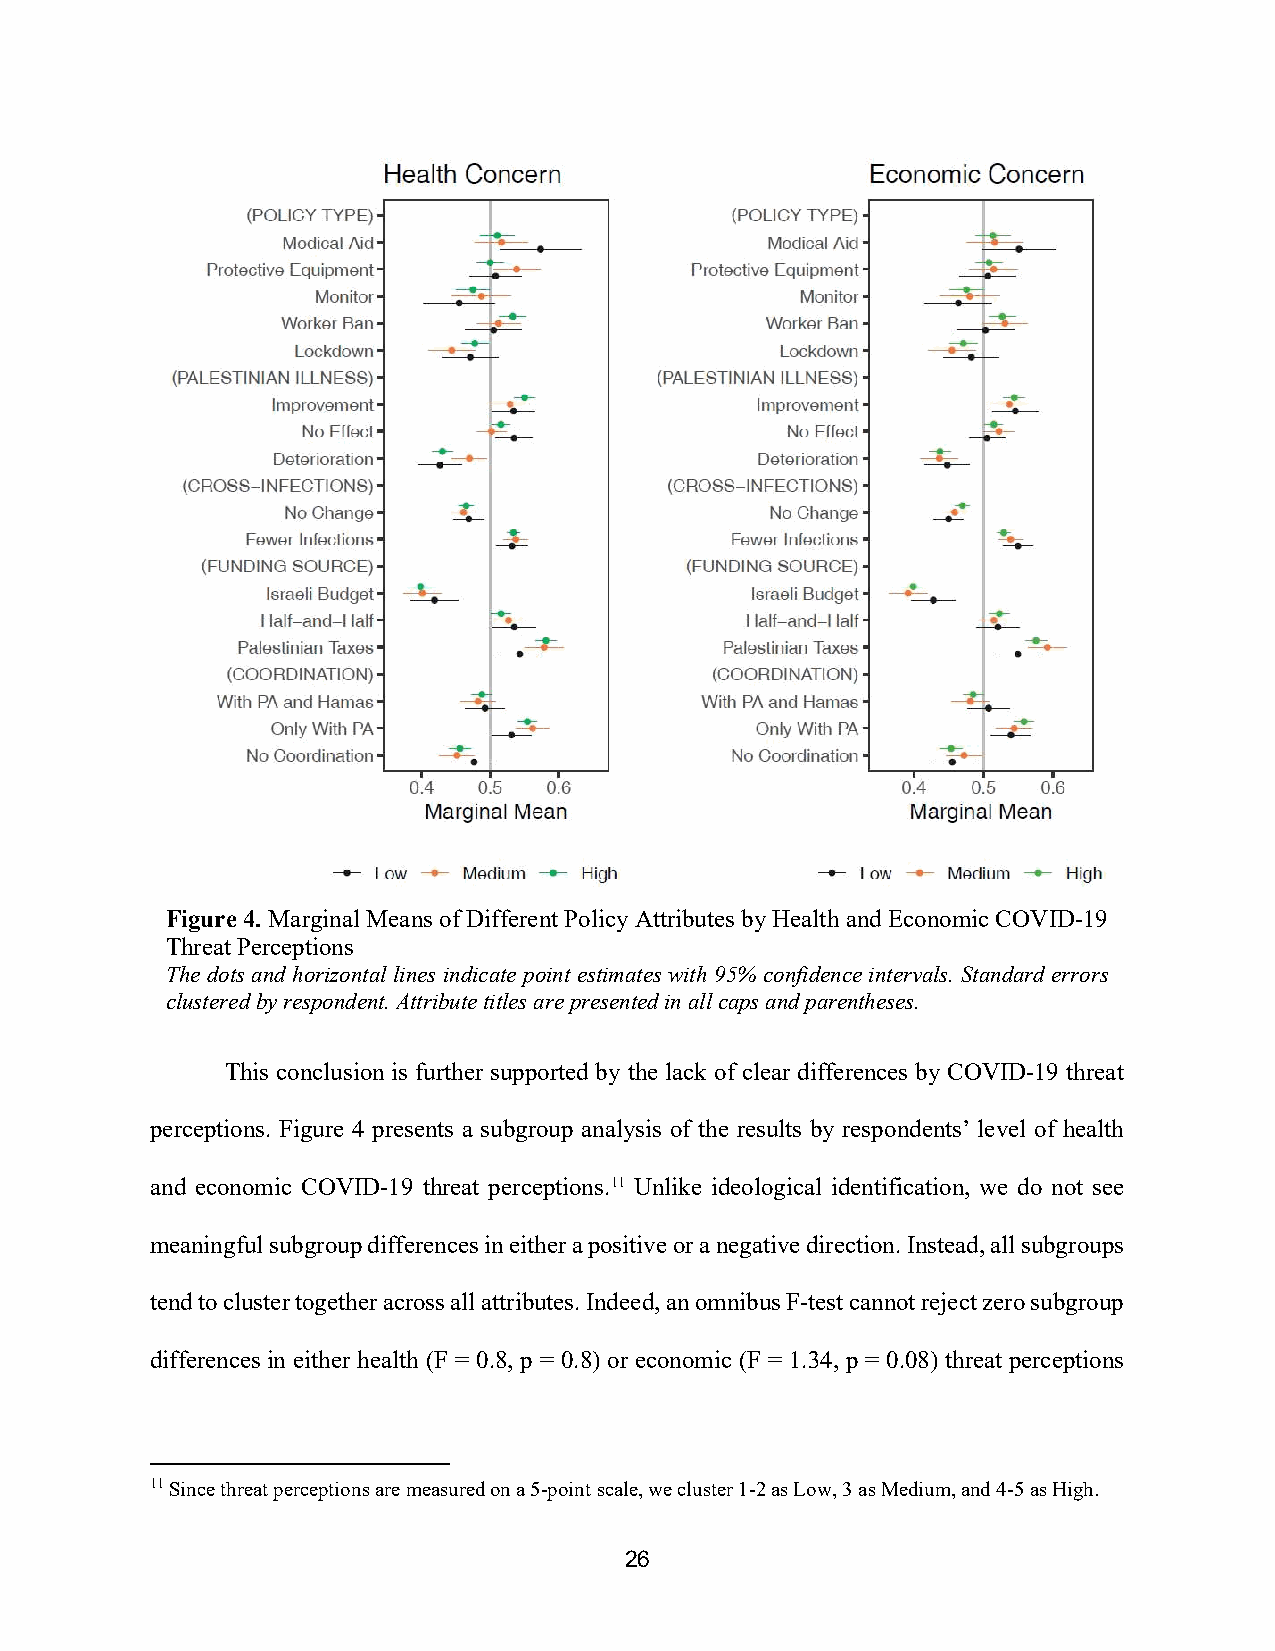
Figure 4. Marginal Means of Different Policy Attributes by Health and Economic COVID-19
 Threat Perceptions
 The dots and horizontal lines indicate point estimates with 95% confidence intervals. Standard errors
 clustered by respondent. Attribute titles are presented in all caps and parentheses.
 This conclusion is further supported by the lack of clear differences by COVID-19 threat
 perceptions. Figure 4 presents a subgroup analysis of the results by respondents’ level of health
 and economic COVID-19 threat perceptions.11 Unlike ideological identification, we do not see
 meaningful subgroup differences in either a positive or a negative direction. Instead, all subgroups
 tend to cluster together across all attributes. Indeed, an omnibus F-test cannot reject zero subgroup
 differences in either health (F = 0.8, p = 0.8) or economic (F = 1.34, p = 0.08) threat perceptions
 11 Since threat perceptions are measured on a 5-point scale, we cluster 1-2 as Low, 3 as Medium, and 4-5 as High.
 26